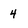
Character: 4